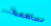
مساهمة